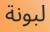
لبونة